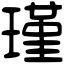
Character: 瑾